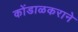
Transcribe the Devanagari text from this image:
कोंडाळकराने